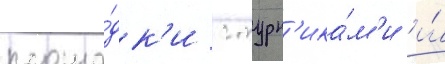
площа́дк'и с турн'ика́м'и и́